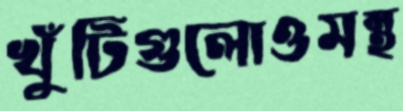
খুঁটিগুলোওমন্থ